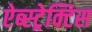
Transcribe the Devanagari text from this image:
ऐब्स्ट्रेक्टिस